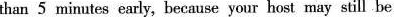
than 5 minutes early, because you host may still be